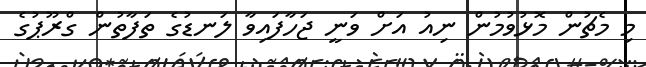
މި މެޗުން މޮޅުވުމުން ނިއު އަށް ވަނީ ޖަހާފައިވާ ލަނޑުގެ ތަފާތުން ގްރޫޕުގެ